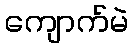
ကျောက်မဲ